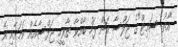
"އާތު ސަމިޓް"ގެ ޖަލްސާ އަށް ފަހު ބާއްވާ ތާރީހީ ޖަލްސާއެއް ކަމަށާއި އެ